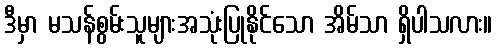
ဒီမှာ မသန်စွမ်းသူများအသုံးပြုနိုင်သော အိမ်သာ ရှိပါသလား။